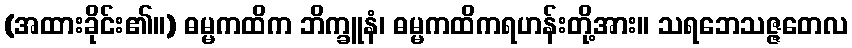
(အထားခိုင်း၏။) ဓမ္မကထိက ဘိက္ခူနံ၊ ဓမ္မကထိကရဟန်းတို့အား။ သရဘေသဇ္ဇတေလ